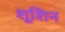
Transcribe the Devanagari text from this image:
शूशिन